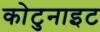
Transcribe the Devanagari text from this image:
कोटुनाइट